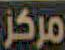
مركز